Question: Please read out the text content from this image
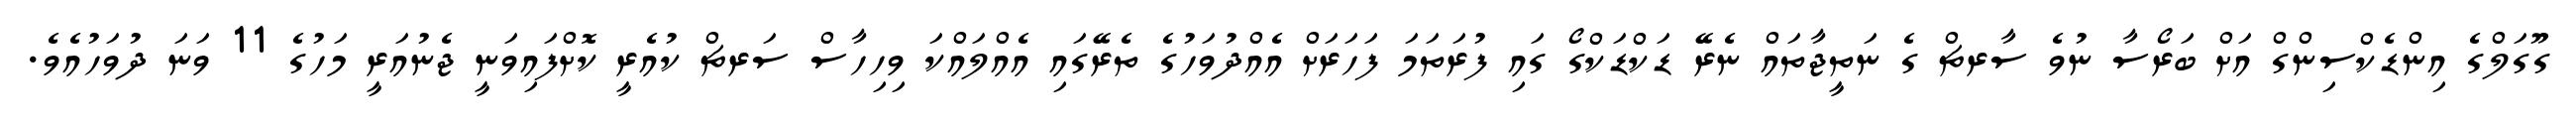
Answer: ގޫގަލްގެ އިންޑެކްސިންގް އަށް ބަރޯސާ ނުވެ ސާރޗް ގެ ނަތީޖާތައް ނެރޭ ޑަކްޑަކްގޯ ގައި ފުރަތަމަ ފަހަރަށް އެއްދުވަހުގެ ތެރޭގައި އެއްލައްކަ ވިހިހާސް ސަރޗް ކުއެރީ ކޮށްފައިވަނީ ޖެނުއަރީ މަހުގެ 11 ވަނަ ދުވަހުއެވެ.